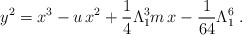
\begin{align*}y^2=x^3-u\,x^2+ \frac{1}{4}\Lambda_{1}^3 m\,x-\frac{1}{64}\Lambda_{1}^{6}\;.\end{align*}